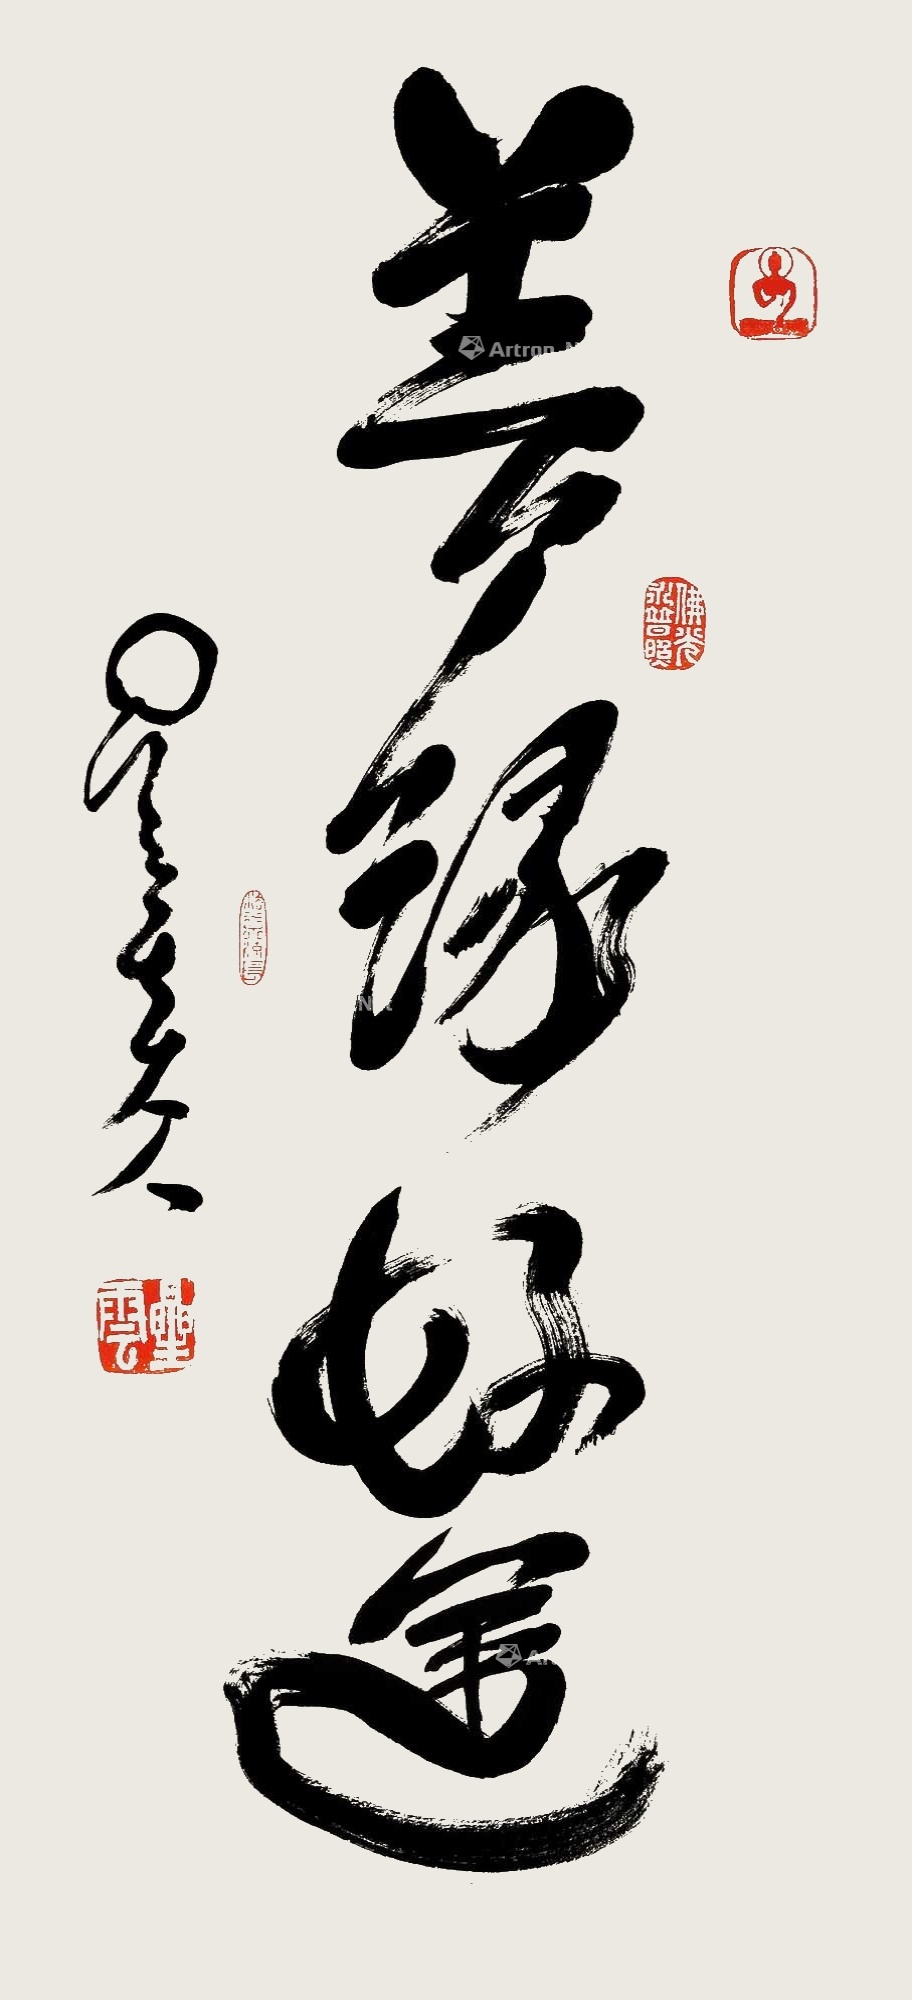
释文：善缘好运星云八八